Report on lock hospitals in British Burma
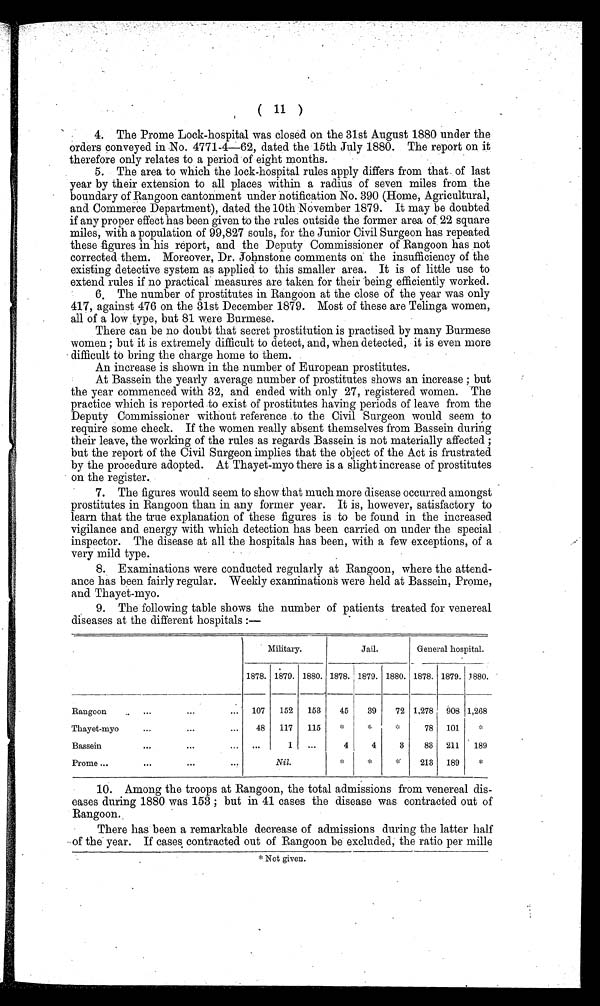
( 11 )
4. The Prome Lock-hospital was closed on the 31st August 1880 under the
orders conveyed in No. 4771-4-62, dated the 15th July 1880. The report on it
therefore only relates to a period of eight months.
5. The area to which the lock-hospital rules apply differs from that of last
year by their extension to all places within a radius of seven miles from the
boundary of Rangoon cantonment under notification No. 390 (Home, Agricultural,
and Commerce Department), dated the 10th November 1879. It may be doubted
if any proper effect has been given to the rules outside the former area of . 22 square
miles, with a population of 99,827 souls, for the Junior Civil Surgeon has repeated
these figures in his report, and the Deputy Commissioner of Rangoon has not
corrected them. Moreover, Dr. Johnstone comments on the insufficiency of the
existing detective system as applied to this smaller area. It is of little use to
extend rules if no practical measures are taken for their being efficiently worked.
6. The number of prostitutes in Rangoon at the close of the year was only
417, against 476 on the 31st December 1879. Most of these are Telinga women,
all of a low type, but 81 were Burmese.
There can be no doubt that secret prostitution is practised by many Burmese
women ; but it is extremely difficult to detect, and, when detected, it is even more
difficult to bring the charge home to them.
An increase is shown in the number of European prostitutes.
At Bassein the yearly average number of prostitutes shows an increase ; but
the year commenced with 32, and ended with only 27, registered women. The
practice which is reported to exist of prostitutes having periods of leave from the
Deputy Commissioner without reference to the Civil Surgeon would seem to
require some check. If the women really absent themselves from Bassein during
their leave, the working of the rules as regards Bassein is not materially affected ;
but the report of the Civil Surgeon implies that the object of the Act is frustrated
by the procedure adopted. At Thayet-myo there is a slight increase of prostitutes
on the register..
7. The figures would seem to show that much more disease occurred amongst
prostitutes in Rangoon than in any former year. It is, however, satisfactory to
learn that the true explanation of these figures is to be found in the increased
vigilance and energy with which detection has been carried on under the special
inspector. The disease at all the hospitals has been, with a few exceptions, of a
very mild type.
8. Examinations were conducted regularly at Rangoon, where the attend-
ance has been fairly regular. Weekly examinations were held at Bassein, Prome,
and Thayet-myo.
9. The following table shows the number of patients treated for venereal
diseases at the different hospitals :—
Military.
Jail.
General hospital.
1878. 1879. 1880. 1878. 1879. 1880. 1878. 1879. 1880.
Rangoon
..
...
. . .
...
107
152
153
45
39
72 1,278
908 1,268
Thayet-myo
...
...
...
48
117
115
*
*
* 78
101
*
Bassein
. . .
...
...
...
1
...
4
4
3
83
211
189
Prome ...
...
. . .
. . .
Nil.
*
* *
213
189
*
10. Among the troops at Rangoon, the total admissions from venereal dis-
eases during 1880 was 153 ; but in 41 cases the disease was contracted out of
Rangoon.
There has been a remarkable decrease of admissions during the latter half
of the year. If cases contracted out of Rangoon be excluded, the ratio per mille
*Not given.